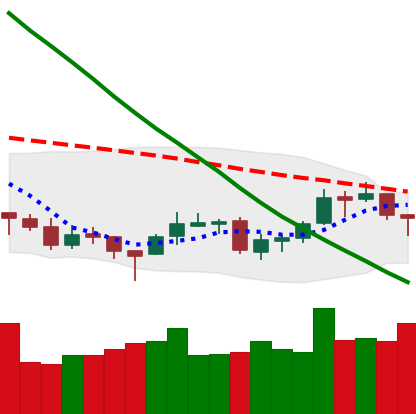
Ticker: LTC-USD
Chart end date: 2018-09-25
Forward return: 6.264%
Label: up_5_7